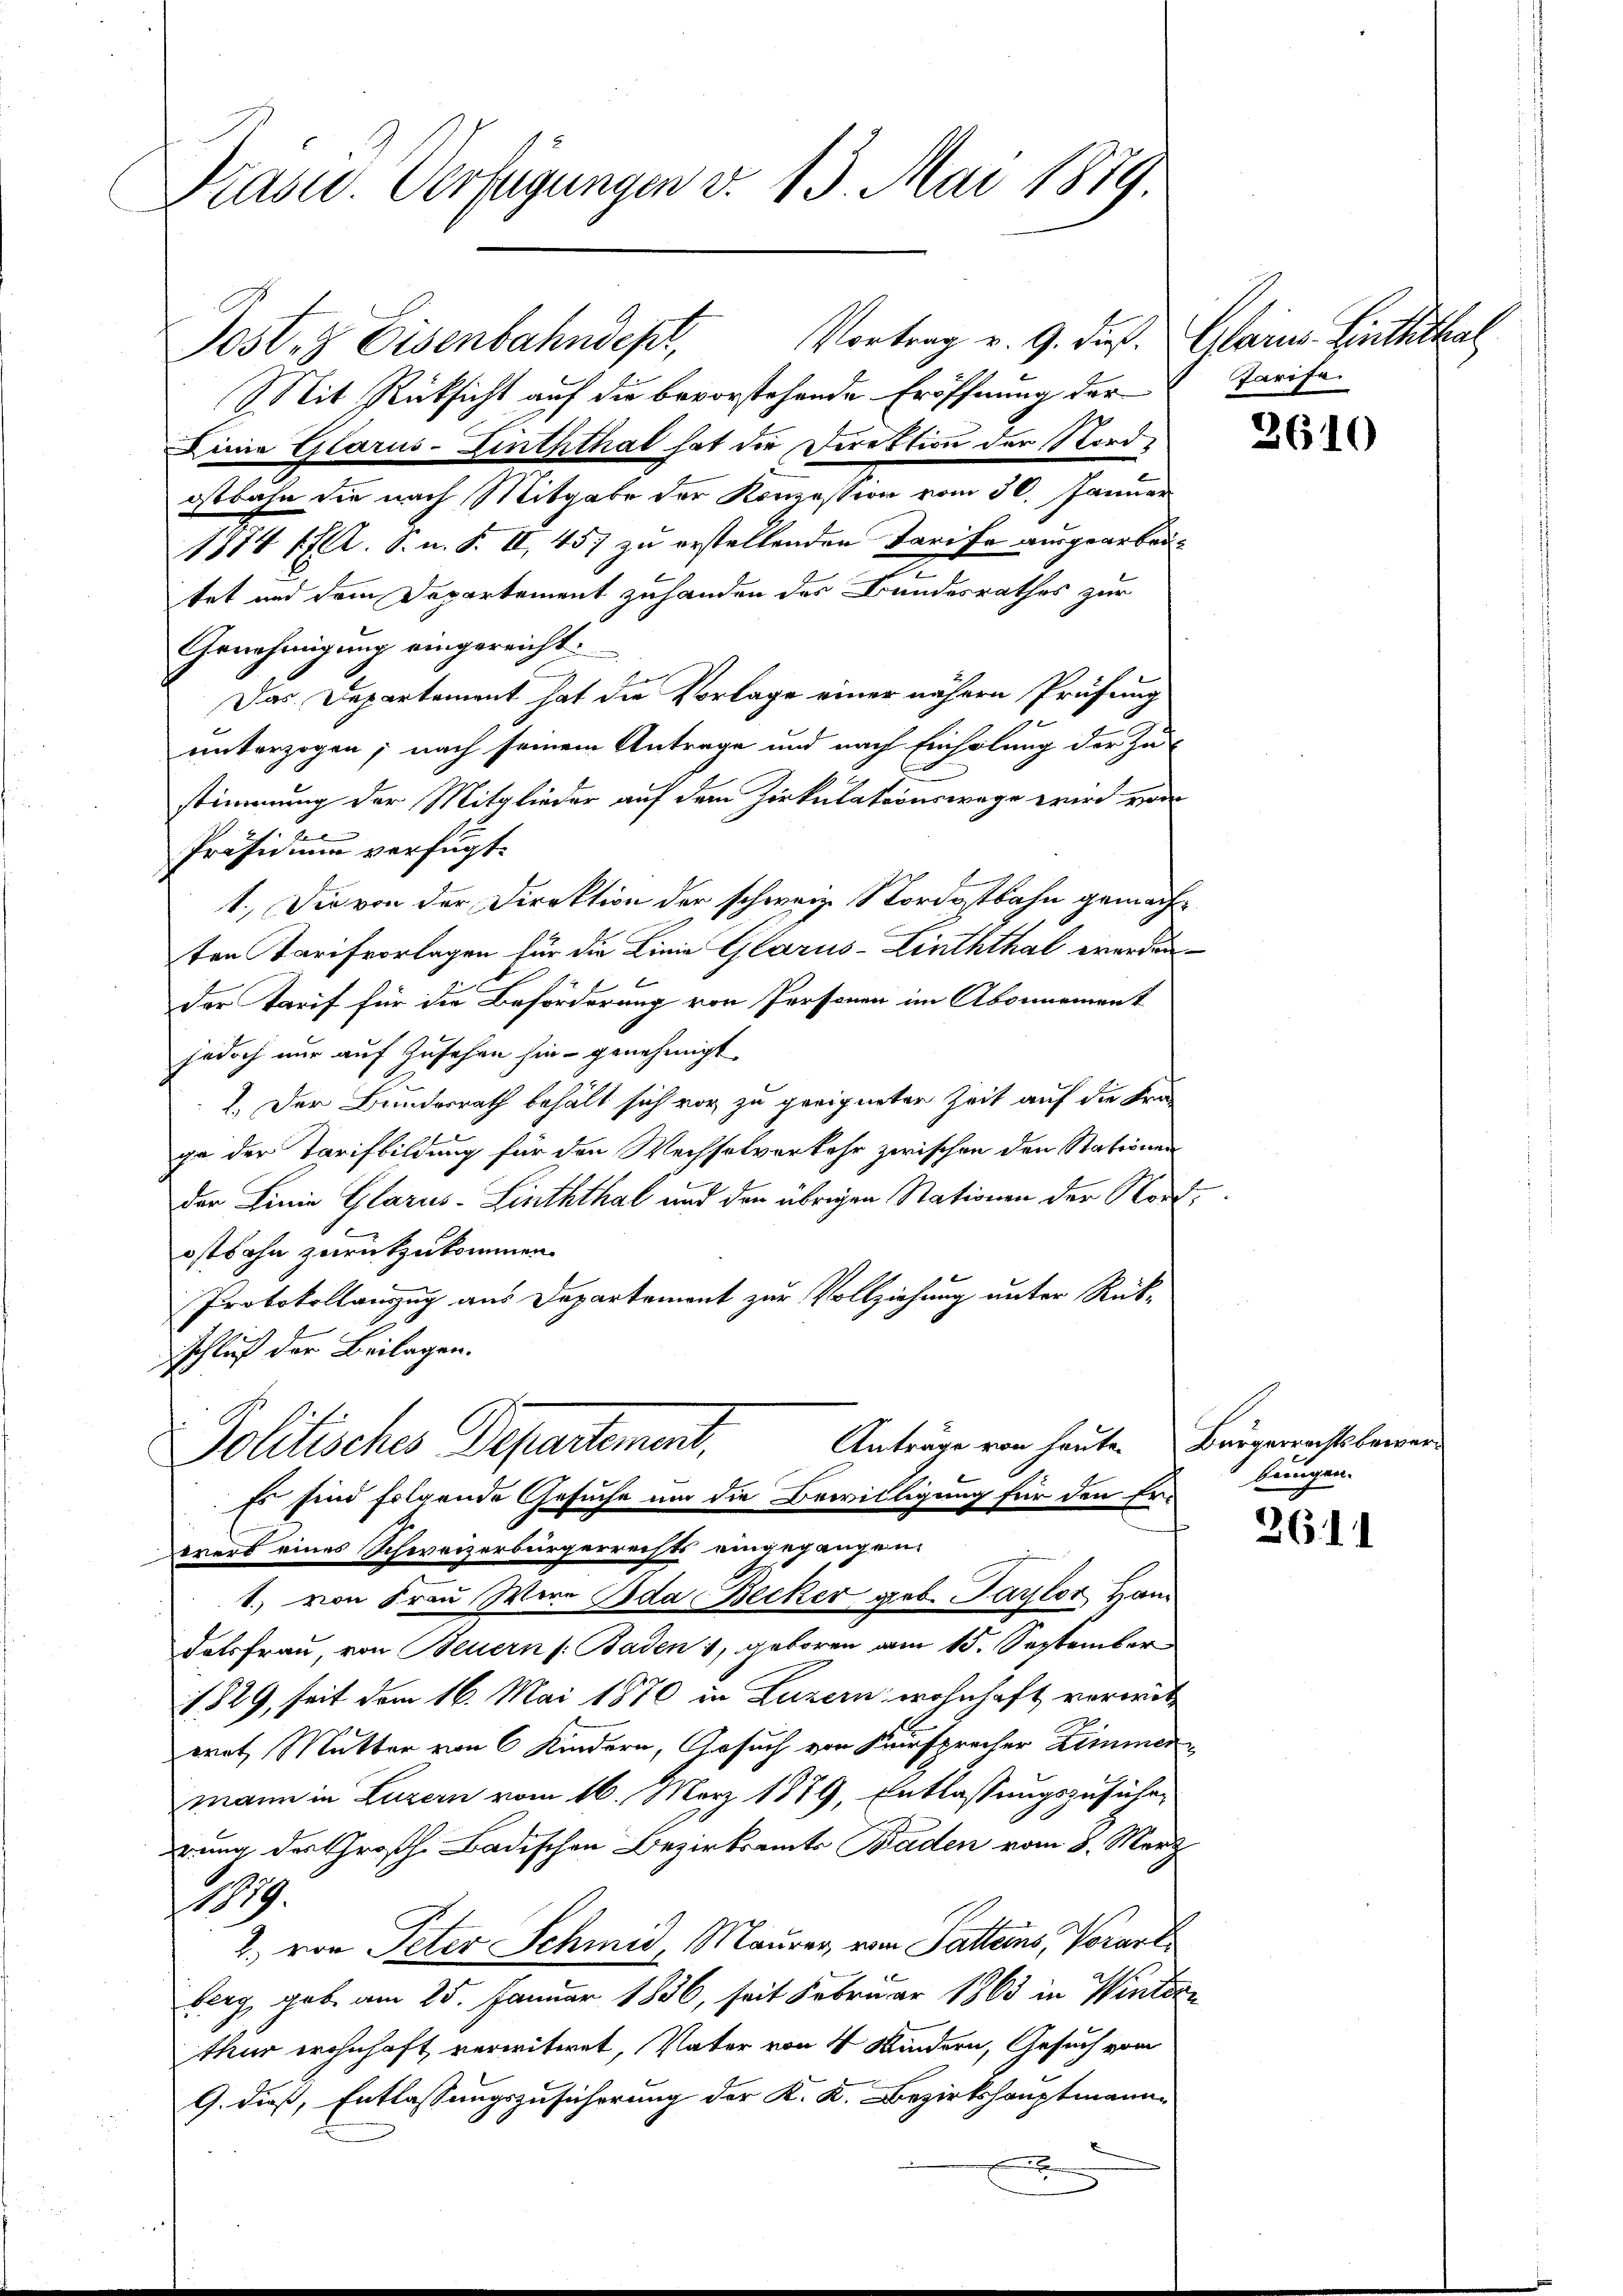
Trasu. Verfügungen v. 13. Mai 1879

Jost. Eisenbahndepr
Mit Rücksicht auf die bevorstehende Eröffnung der
Linie Glarus-Linththal hat die Direktion der Nordostbahn die nach Mitgabe der Konzession vom 30. Januar
1774 17 Al. S. n. F. II, 457 zu erstellenden Tarife ausgearbei¬
2
tet und dem Departement zuhanden des Bundesrathes zur
Genehmigung eingereicht.
Das Departement hat die Vorlage einer nähern Prüfung
1
unterzogen; nach seinem Antrage und nach Einholung der Zu-
stimmung der Mitglieder auf dem Zirkulationswege wird von
s
Präsidium verfügt:
1.) Die von der Direktion der schweiz. Nordostbahn gemachten Tarifvorlagen für die Linie Glarus-Linththal werden
der Tarif für die Beförderung von Personen im Abonnement
jedoch nur auf Zusehen hie genehmigt.
1. Der Bundesrath behält sich vor zu geeigneter Zeit auf die Fra-
ge der Tarifbildung für den Wechselverkehr zwischen den Stationen
der Linie Glarus-Linththal und den übrigen Stationen der Nordostbahn zurückzukommen.
Protokollauszug aus Departement zur Vollziehung unter Rück-
schluß der Beilagen.
Anträge von heute.
Politisches Departement,
Es sind folgende Gesuche um die Bewilligung für den Er-
irert eines Schweizerbürgerrechts eingegangen
1.), von Frau Wien Ida Becker geb. Paylor Ham
dalsfrau von Feuern (: Baden 1, geboren am 15. September
1829, seit dem 16. Mai 1870 in Luzern wohnhaft verwitwrat Mutter von 6 Kindern, Gesuch von Fürsprecher Zimmen
mann in Luzern vom 16. März 1879, Entlassungszuführ
rung der Großh. Badischen Bezirksamts Baden vom 8. März
219
2. von Peter Schmid, Maurer, vom Sattens, Vorarl
berg, geb. am 25. Januar 1836, seit Februar 1863 in Wintern
thur wohnhaft verwitwet, Vater von 4 Kindern, Gesuch vom
G. dieß, Entlassungszusicherung der K. K. Bezirkshauptmann¬
2

Vortrag v. 9. dieß. Glarus Linththal

Parise.

3610

Bürgerrechtsbewerbringen.

2611